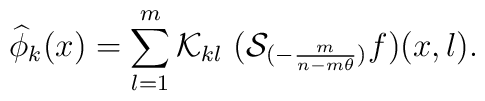
\widehat{\phi}_k(x)=\sum_{l=1}^{m} {\cal K}_{kl}~({\cal S}_{(-\frac{m}{n-m\theta})} f)(x,l).